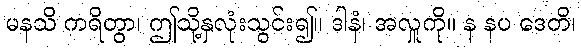
မနသိ ကရိတွာ၊ ဤသို့နှလုံးသွင်း၍။ ဒါနံ၊ အလှူကို။ န နပ ဒေတိ၊